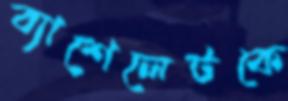
ব্যাশেলেটকে